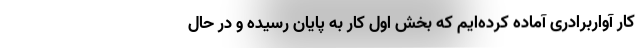
کار آواربرادری آماده کرده‌ایم که بخش اول کار به پایان رسیده و در حال